Civil Veterinary Department Bengal reports 1933-51 - 1933-1951
Year: 1933
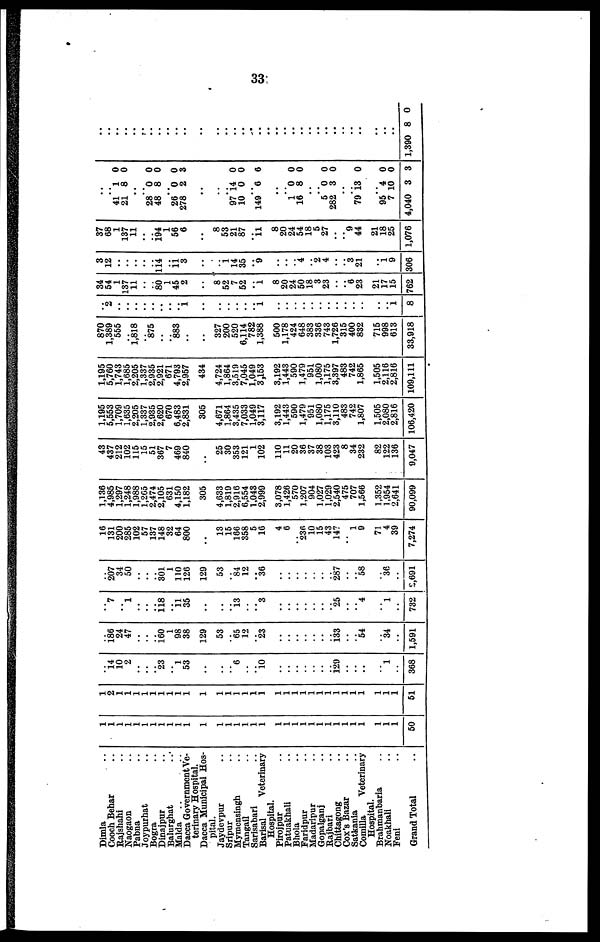
33:
Dimla ..
Cooch Behar ..
Rajshahi ..
Naogaon ..
Pabna ..
Joypurhat ..
Bogra ..
Dinajpur ..
Balurghat ..
Malda
..
Dacca Government Ve-
terinary Hospital.
Dacca Municipal Hos-
pital.
Jaydevpur ..
Sripur ..
Mymensingh ..
Tangail ..
Sarisabari ..
Barisal
Veterinary
Hospital.
Pirojpur ..
Patuakhali ..
Bhola ..
Faridpur ..
Madaripur ..
Gopalganj ..
Kajbari ..
Chittagong ..
Cox's Bazar
Satkania ..
Comilla Veterinary
Hospital.
Brahmanbaria ..
Noakhali ..
Feni ..
Grand Total
1
1
1
1
1
1
1
1
1
1
1
1
1
1
1
1
1
1
1
1
1
1
1
1
1
1
1
1
1
1
1
1
50
1
2
1
1
1
1
1
1
1 1
1
1
1
1
1
1
1
1
1
1
1
1
1
1
1
1
1
1
1
1
1
51
..
14
10
2
..
.. 23
.. 1 53
..
..
.. 6
..
.. 10
..
..
..
..
..
.. 129
..
..
..
1
..
368
..
186
24
47
..
..
.. 160 1
98
38
129
53
.. 65
12
.. 23
..
..
..
..
..
.. 133
..
.. 54
..
34
..
1,591
..
7
1
..
..
118
... 11 35
..
..
.. 13
..
.. 3
..
..
..
..
..
.. 25
..
.. 4
..
1
..
732
..
207
34
50
..
..
.. 301
1
110
126
129
53
84
12
36
..
..
..
..
..
287
..
.. 58
..
36
..
2,691
16
131
200
285
102
57
137
148
32
64
800
..
13
15
166
358
5
16
4
6
236
10
15
43
147
..
1
9
71
4
39
7,274
1,136
4,985
1,297
1,248
1,988
1,265
2,474
2,105
631
4,150
1,182
305
4,633
1,819
2,916
6,554
1,043
2,999
3,078
1,426
570
1,207
904
1,027
1,029
2,540
475
707
1,566
1,352
1,954
2,641
90,099
43
437
212
102
115
15
51
367
7
469
840
..
25
30
353
121
1
102
110
11
20
36
37
38
103
423
8
34
232
82
122
136
9,047
1,195
5,553
1,709
1,635
2,205
1,337
2,935
2,620
670
6,483
2,831
305
4,671
1,864
3,435
7,033
1,049
3,117
3,192
1,443
590
1,479
951
1,080
1,175
3,110
483
742
1,807
1,505
2,080
2,816
106,420
1,195
5,760
1,743
1,685
2,205
1,337
2,935
2,921
671
4,793
2,957
434
4,724
1,864
3,519
7,045
1,049
3,153
3,192
1,443
590
1,479
951
1,080
1,175
3,397
483
742
1,865
1,505
2,116
2,816
109,111
870
1,389
555
.. 1,818
.. 875
..
883
..
..
..
327
200
520
6,114
782
1,388
500
1,178
424
648
383
336
743
1,726
315
400
832
715
998
613
33,918
..
2
..
..
..
..
..
..
.. ..
..
..
..
..
..
..
.. 1
..
..
..
..
..
..
..
..
..
..
..
.. 1
8
34
54
1
137
11
..
.. 80
1
45
2
..
8
52
7
52
1
8
20
24
50
18
3
23
..
.. 6
23
21
17
15
762
3
12
..
.. 114
.. 11 3
..
1
14
35
9
..
..
4
.. 2
4
..
3
21
..
1
9
306
37
68
1
137
11
..
.. 194
1 56 6
..
8
53
21
87
.. 11
8
20
24
54
18
5
27
..
.. 9
44
21
18
25
1,076
..
..
41
21
..
28
48
26
278
..
..
97 1
10
149
.
1
16
..
5
282
79
95 4
95
7 1
4,040
1
8
0
8
0
2
4
0
0
.
0
8
0
0
13
0
4
0
3
0
0
..
0
0
0
3
0
0
0
0
0
0
0
0
0
0
3
..
..
..
..
..
..
..
..
..
..
.. ..
..
..
..
..
..
..
..
..
..
..
..
..
..
..
..
..
..
..
1,390 8 0